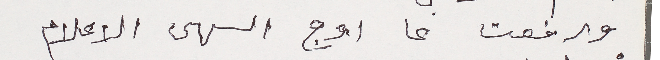
ورفعت عا اوج السهى الاعلام